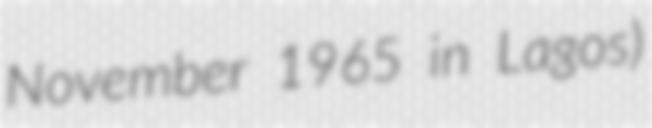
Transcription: November 1965 in Lagos)